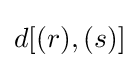
d[(r),(s)]